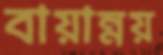
বায়ান্নয়